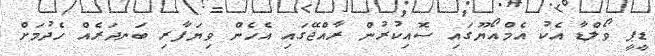
ޑީޕީ ވޯލްޑާ އެކު އެމްއޯޔޫގައި ސޮއިކުރުން ރާއްޖޭގައި އެހެން ވިޔަފާރި ބަނދަރެއް ހެދުމަށް